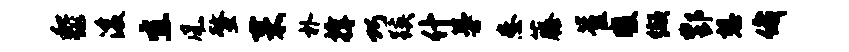
黎浚宜风螯耒朴撑巧蹊什蔓患藤崔暖缬酆想俄